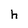
Character: h